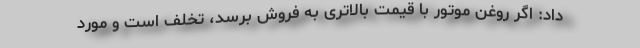
داد: اگر روغن موتور با قیمت بالاتری به فروش برسد، تخلف است و مورد